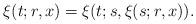
LaTeX: \begin{align*}\xi(t;r,x) = \xi(t;s,\xi(s;r,x)).\end{align*}